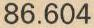
86.604